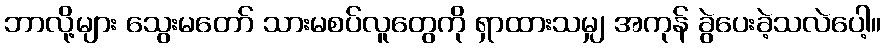
ဘာလို့များ သွေးမတော် သားမစပ်လူတွေကို ရှာထားသမျှ အကုန် ခွဲပေးခဲ့သလဲပေါ့။